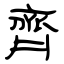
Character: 齊